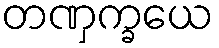
တဏှက္ခယေ